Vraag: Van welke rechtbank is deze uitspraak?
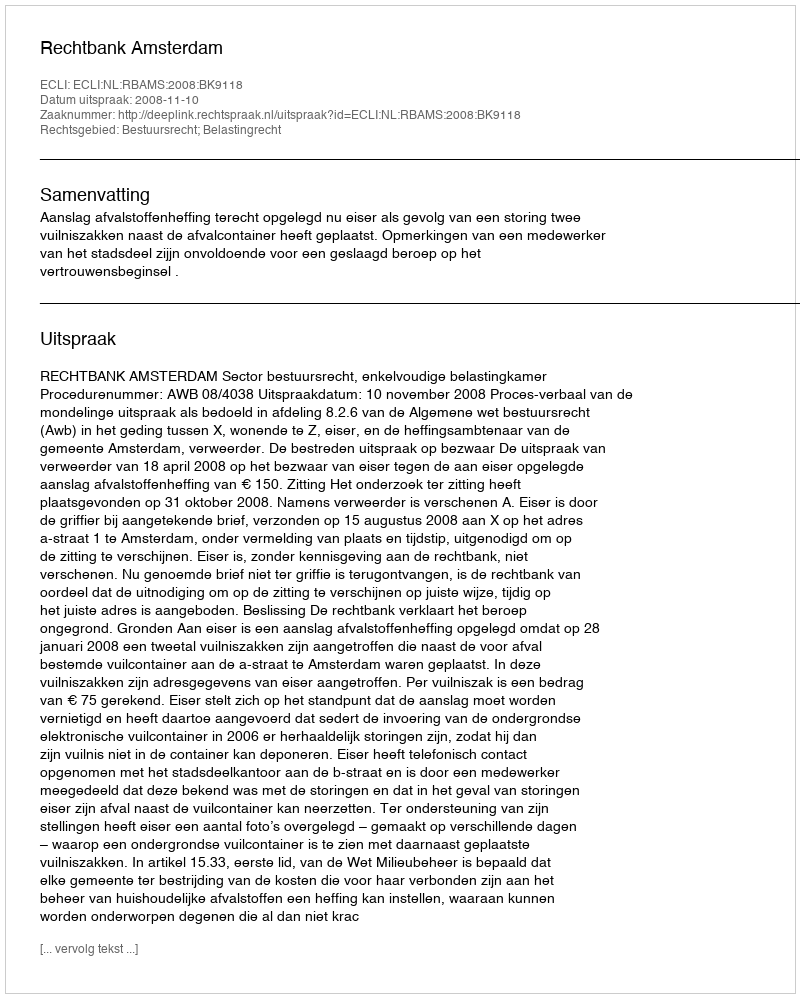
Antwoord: Rechtbank Amsterdam